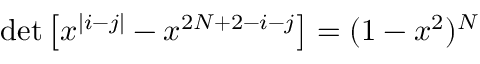
\operatorname * { d e t } \left[ x ^ { | i - j | } - x ^ { 2 N + 2 - i - j } \right] = ( 1 - x ^ { 2 } ) ^ { N }